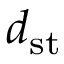
d _ { \mathrm { s t } }